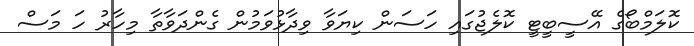
ކޮލަމްބޯގެ އޭސީބީޓީ ކޮލެޖުގައި ހަސަން ކިޔަވާ ވިދާޅުވަމުން ގެންދަވާތާ މިހާރު ހަ މަސް